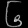
Digit: ၆